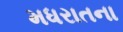
મધરાતના